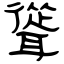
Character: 聳